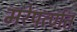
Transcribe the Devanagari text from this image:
मरेपर्त्णत